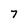
Character: 7